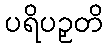
ပရိပဉှတိ